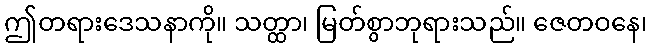
ဤတရားဒေသနာကို။ သတ္ထာ၊ မြတ်စွာဘုရားသည်။ ဇေတဝနေ၊